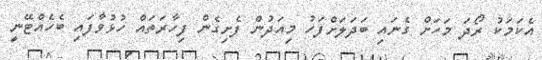
އެކަމަކު ރޯދަ މަހަށް ގެނައި ބަދަލަށްފަހު މިއަދުން ފެށިގެން ފިހާރަތައް ހުޅުވާފައި ބެހެއްޓޭނީ